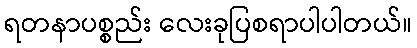
ရတနာပစ္စည်း လေးခုပြစရာပါပါတယ်။